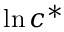
\ln { { c } ^ { * } }